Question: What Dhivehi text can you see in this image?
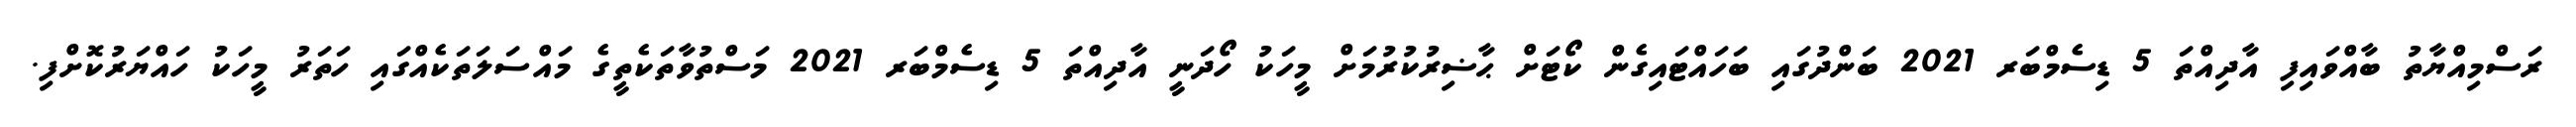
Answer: ރަސްމިއްޔާތު ބާއްވައިފި އާދިއްތަ 5 ޑިސެމްބަރ 2021 ބަންދުގައި ބަހައްޓައިގެން ކޯޓަށް ޙާޟިރުކުރުމަށް މީހަކު ހޯދަނީ އާދިއްތަ 5 ޑިސެމްބަރ 2021 މަސްތުވާތަކެތީގެ މައްސަލަތަކެއްގައި ހަތަރު މީހަކު ހައްޔަރުކޮށްފި.